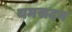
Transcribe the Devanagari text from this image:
यमसदन